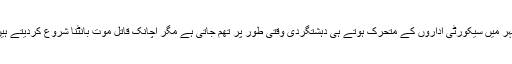
شہر میں سیکورٹی اداروں کے متحرک ہوتے ہی دہشتگردی وقتی طور پر تھم جاتی ہے مگر اچانک قاتل موت بانٹنا شروع کردیتے ہیں۔